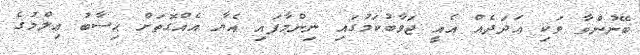
ބޭނުންވާ ވަކި ޢަދަދެއް އެއީ ޖަވާބުކަމުގައި ނިންމާފައި އެޔާ އެއްގޮތަށް ޙިސާބު ޢިލްމުގެ